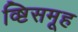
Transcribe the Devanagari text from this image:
व्ष्टिसमूह